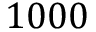
1 0 0 0